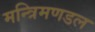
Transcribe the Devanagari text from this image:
मन्त्रिमणडल